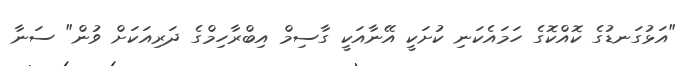
"އަޅުގަނޑުގެ ކޮއްކޮގެ ހަމައެކަނި ކުށަކީ އޭނާއަކީ ގާސިމް އިބްރާހިމްގެ ދަރިއަކަށް ވުން" ސަނާ